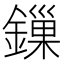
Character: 鏁